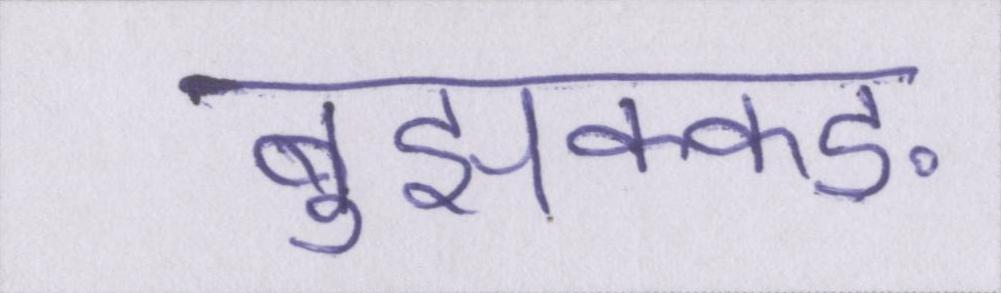
बुझक्कङ